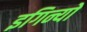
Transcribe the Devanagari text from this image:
इगिन्यो